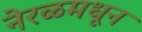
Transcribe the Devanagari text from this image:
नेरळमधून